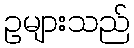
ဥများသည်